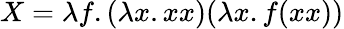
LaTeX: X=\lambda f.(\lambda x.xx)(\lambda x.f(xx))